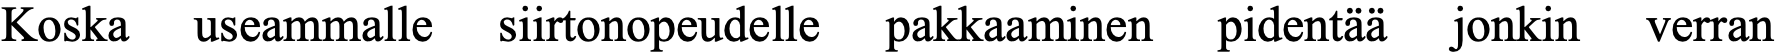
Koska useammalle siirtonopeudelle pakkaaminen pidentää jonkin verran